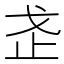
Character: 𭟰